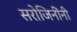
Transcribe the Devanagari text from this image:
सरोजिनींनी